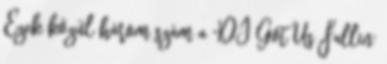
Ezek közül három szám a "DJ Got Us Fallin'